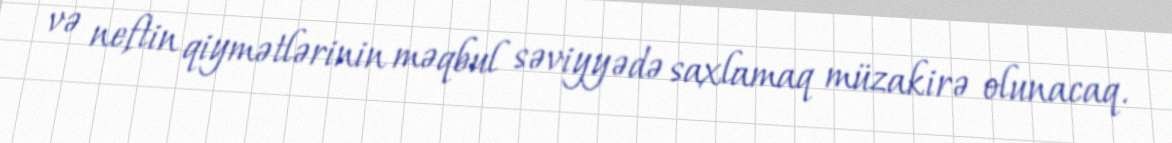
və neftin qiymətlərinin məqbul səviyyədə saxlamaq müzakirə olunacaq.